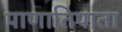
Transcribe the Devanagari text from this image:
पाणातिपाता